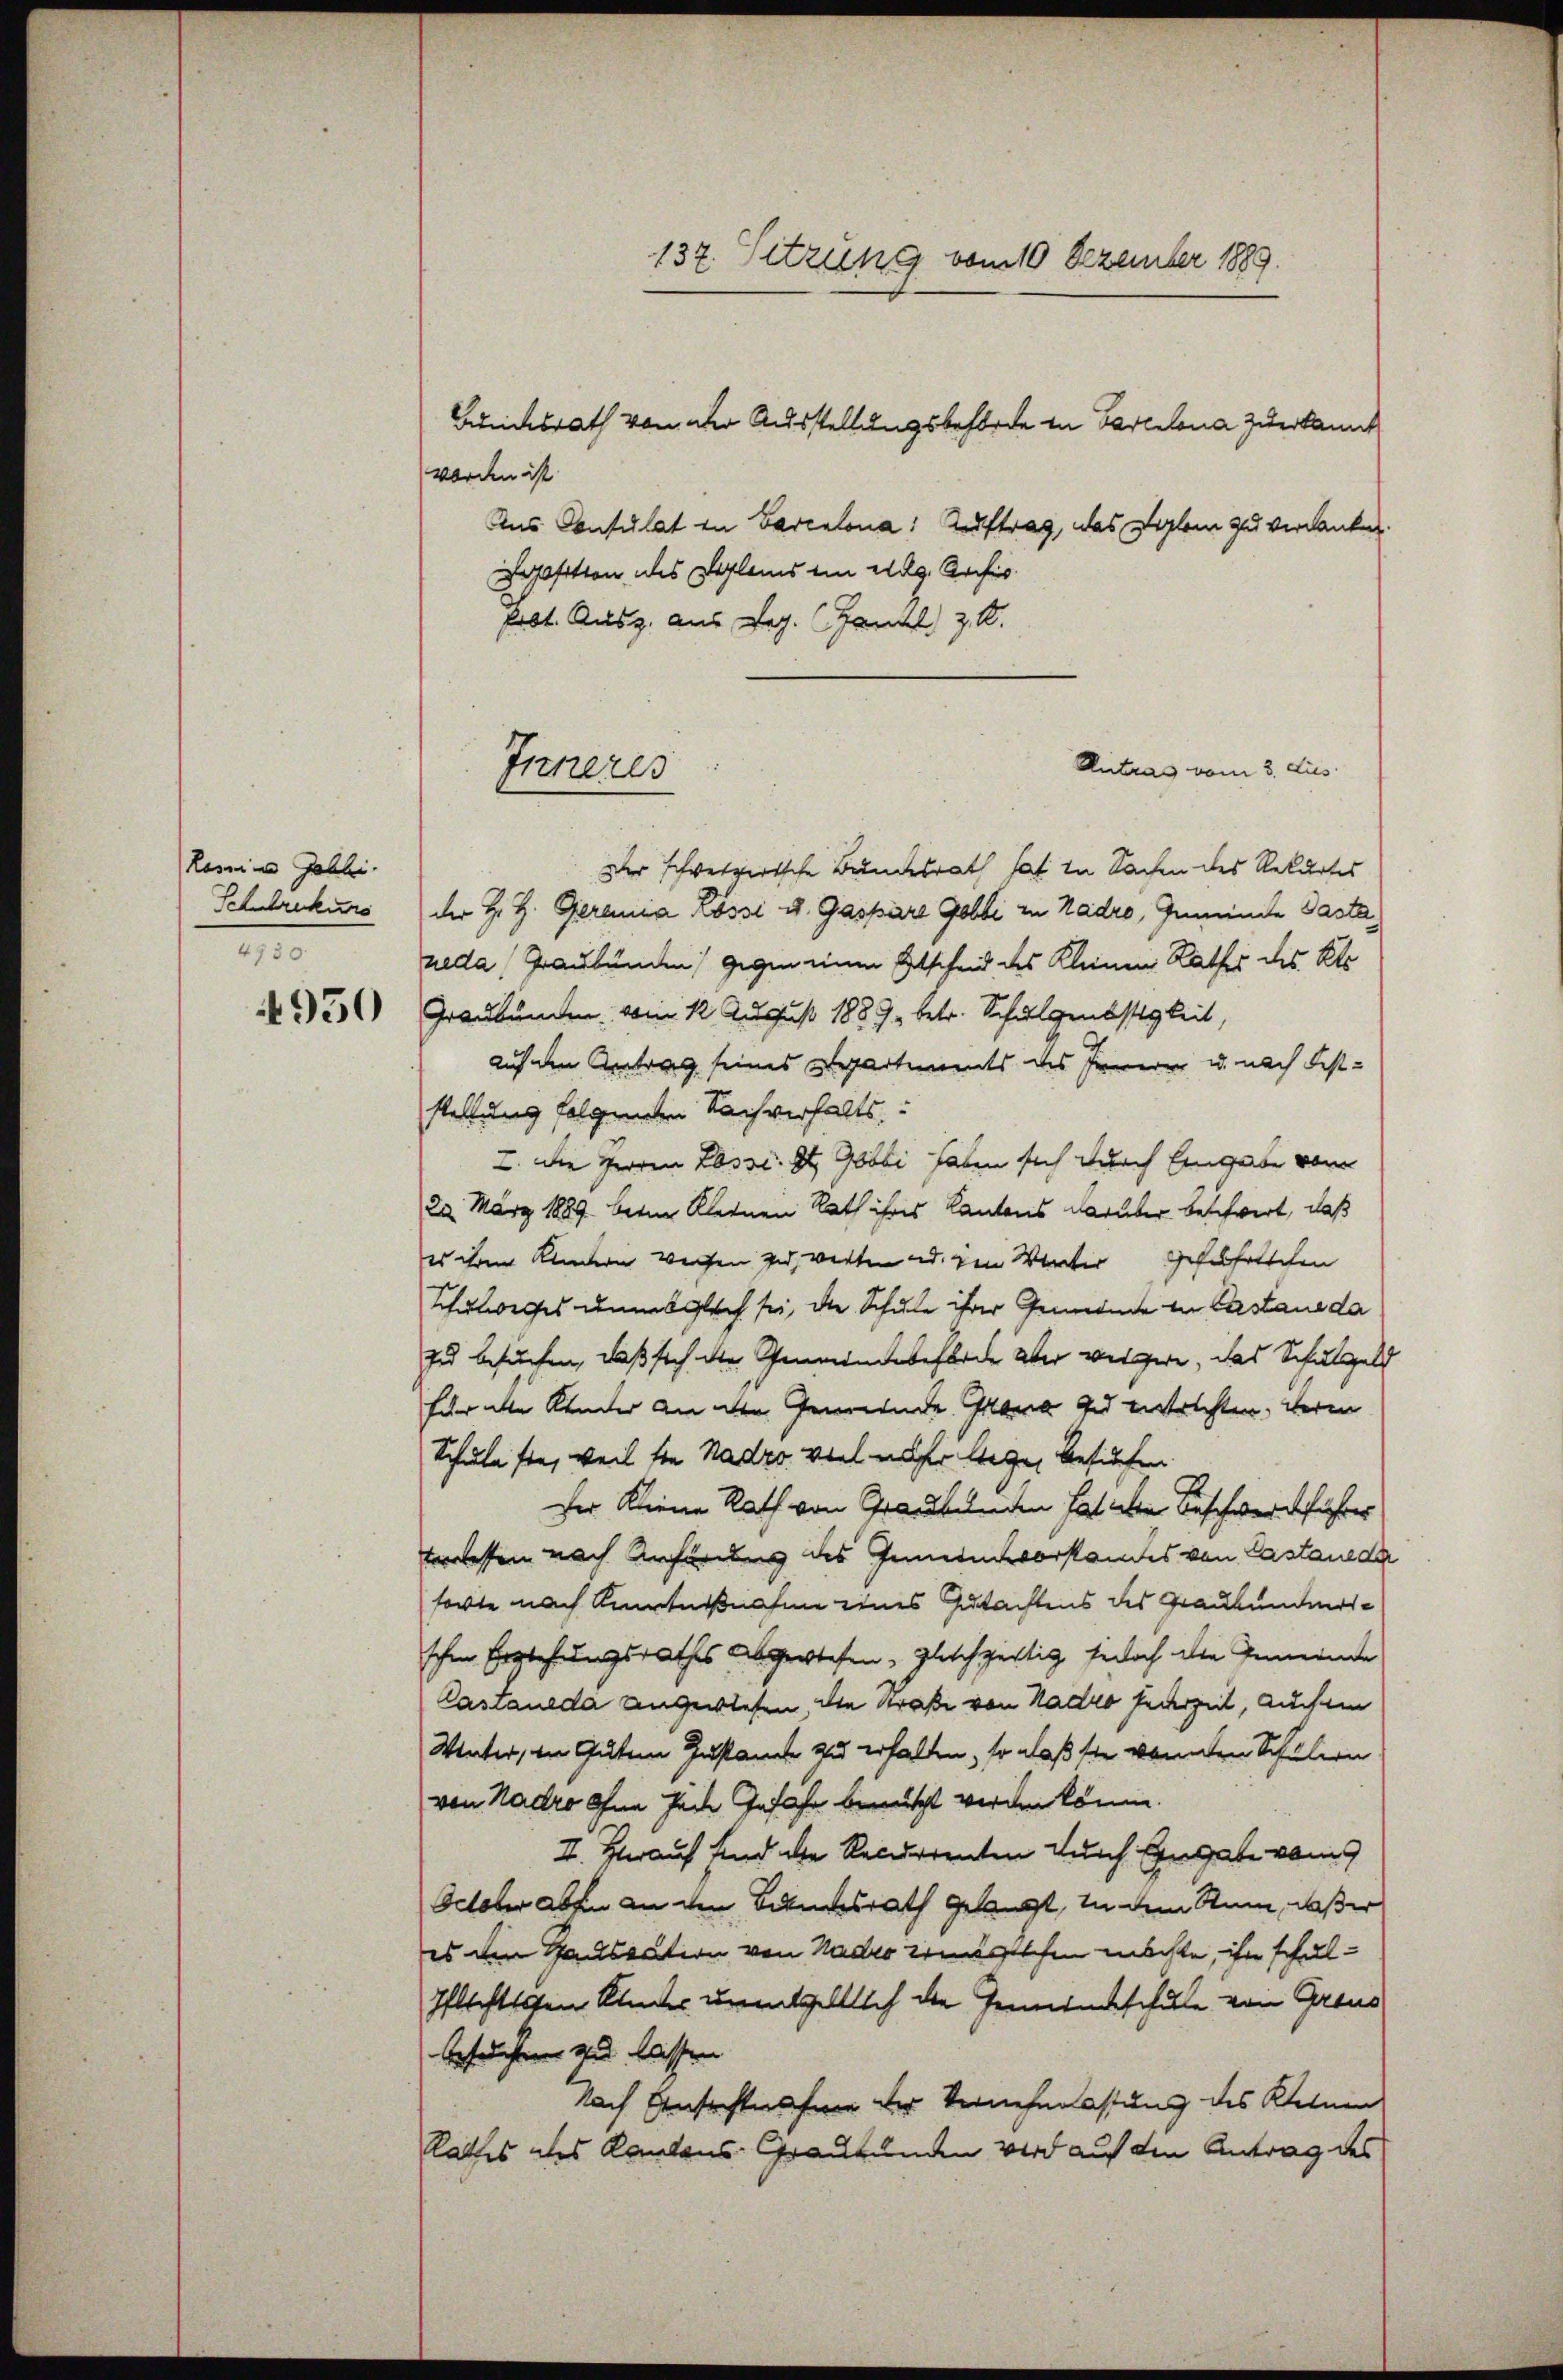
Rosina Gabli.
Schrekurs
2
4950

worden ist
Ans Contulat in Barentona. Auftrag, das Diplom zu verdanken.
osition des Beglems ein eidg. Ansic
Frbt. Ausg. aus Leg. Handl z. R.

Inneres

137. Sitzung vom 10 Dezember 1889.

Bundesrath von der Ausstellungsbehörde in Parcelona zuerkannt

Antrag vom 3. dies

Der schweizerische Bundesrath hat in Sachen des Rekurses
der H. H. Gerania Lossi u. Gaspare Gobbi in Kadro, Gemeinde Paste
neda  Graubünden) gegen einen Entscheid des Kleinen Rathes des Kle
Graubünden von 1. August 1889 betr. Schulgenössigkeit,
auf dem Antrag seines Departements des Innern u. nach Feststellung folgenden Nachverhalts:
I. Die Herren Lasse. St. Gobbi haben sich durch Eingabe vom
22. März 1889 beim Kleinen Rath ihres Kantons darüber beschwert, daß
es ihrer Kindern weisen zu werten d. den Winter Gefelhalschen
Schulweises annesgleich sei, die Schule ihrer Gemeinde in Castane da
zu besuchen, daß sich die Gemeindebehörde der weigere, das Schulgeld
hürnte Kinder an die Gemeinde Grana zu entrichten, deren
Schulaste, weil sie Nadzo viel naher lege, besuchen
der Kleine Rath von Graubünden hat in Beschwertfahrer
verlassen nach Anhörung des Gemeinsvorstandes von Castander
sorte nach Antnißnahme eines Gutachtens des Graubundesschen Erziehungsrathes abgewiesen, gleichzeitig jedoch die Gemeinde
Castaueda angewiesen, die Straße von Nadro jederzeit, auch ein
Winter, in Gutem Zustande zu erhalten, so daß sie konnten Schulen
von Nadro ohne sich Infahr benutzt werden könne.
II. Herauf sind die Recurrenten durch Eingabe vom 9
Odeur aben an den Balmosrath gelangt, in dem Rum, daßer
es den Passation von Nadro zugeschen möchte, ihn schul¬
Pflichtigen Kinder unentgeltlich die Gemeinschule von Graus
besuchten zu lassen
Nach Ansichtes für der Vernehmlassung des Keinen
Rathes des Kantons Graubünden wird auf den Antrag des